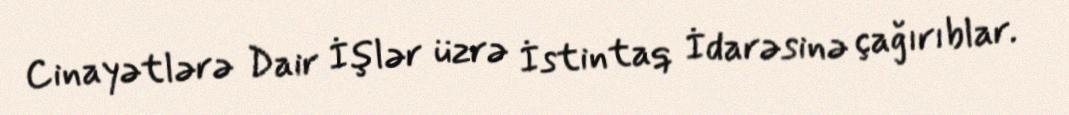
Cinayətlərə Dair İşlər üzrə İstintaq İdarəsinə çağırıblar.